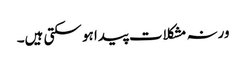
ورنہ مشکلات پیدا ہو سکتی ہیں۔